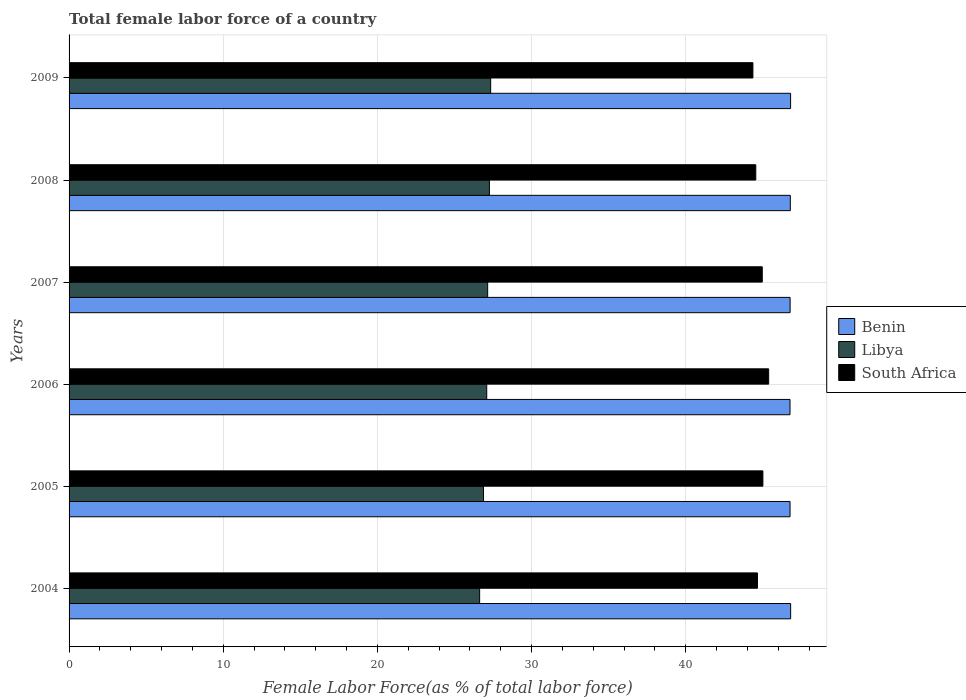
| Years | Benin | Libya | South Africa |
 | --- | --- | --- | --- |
 | 2004 | 46.8 | 26.6 | 44.7 |
 | 2005 | 46.8 | 26.9 | 45 |
 | 2006 | 46.8 | 27.1 | 45.4 |
 | 2007 | 46.8 | 27.2 | 45 |
 | 2008 | 46.8 | 27.3 | 44.5 |
 | 2009 | 46.8 | 27.3 | 44.4 |